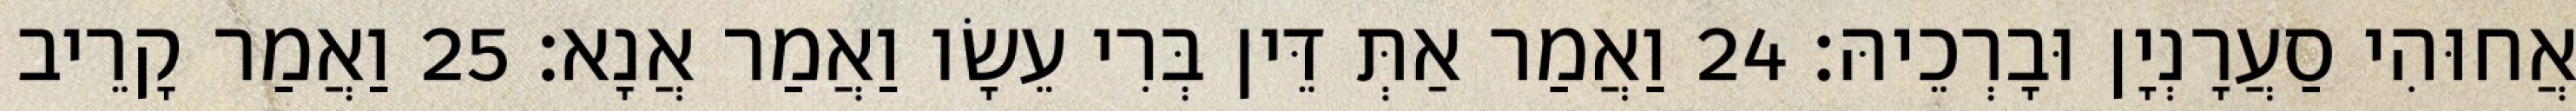
אֲחוּהִי סַעֲרָנְיָן וּבָרְכֵיהּ׃ 24 וַאֲמַר אַתְּ דֵּין בְּרִי עֵשָׂו וַאֲמַר אֲנָא׃ 25 וַאֲמַר קָרֵיב